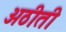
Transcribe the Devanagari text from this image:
अठीती